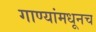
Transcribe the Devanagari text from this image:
गाण्यांमधूनच